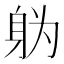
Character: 𮷓